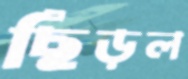
ছিঁড়ল